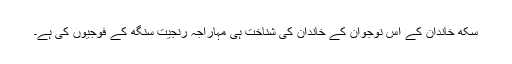
سکھ خاندان کے اس نوجوان کے خاندان کی شناخت ہی مہاراجہ رنجیت سنگھ کے فوجیوں کی ہے۔